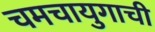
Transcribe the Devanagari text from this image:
चमचायुगाची